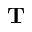
{ \bf T }